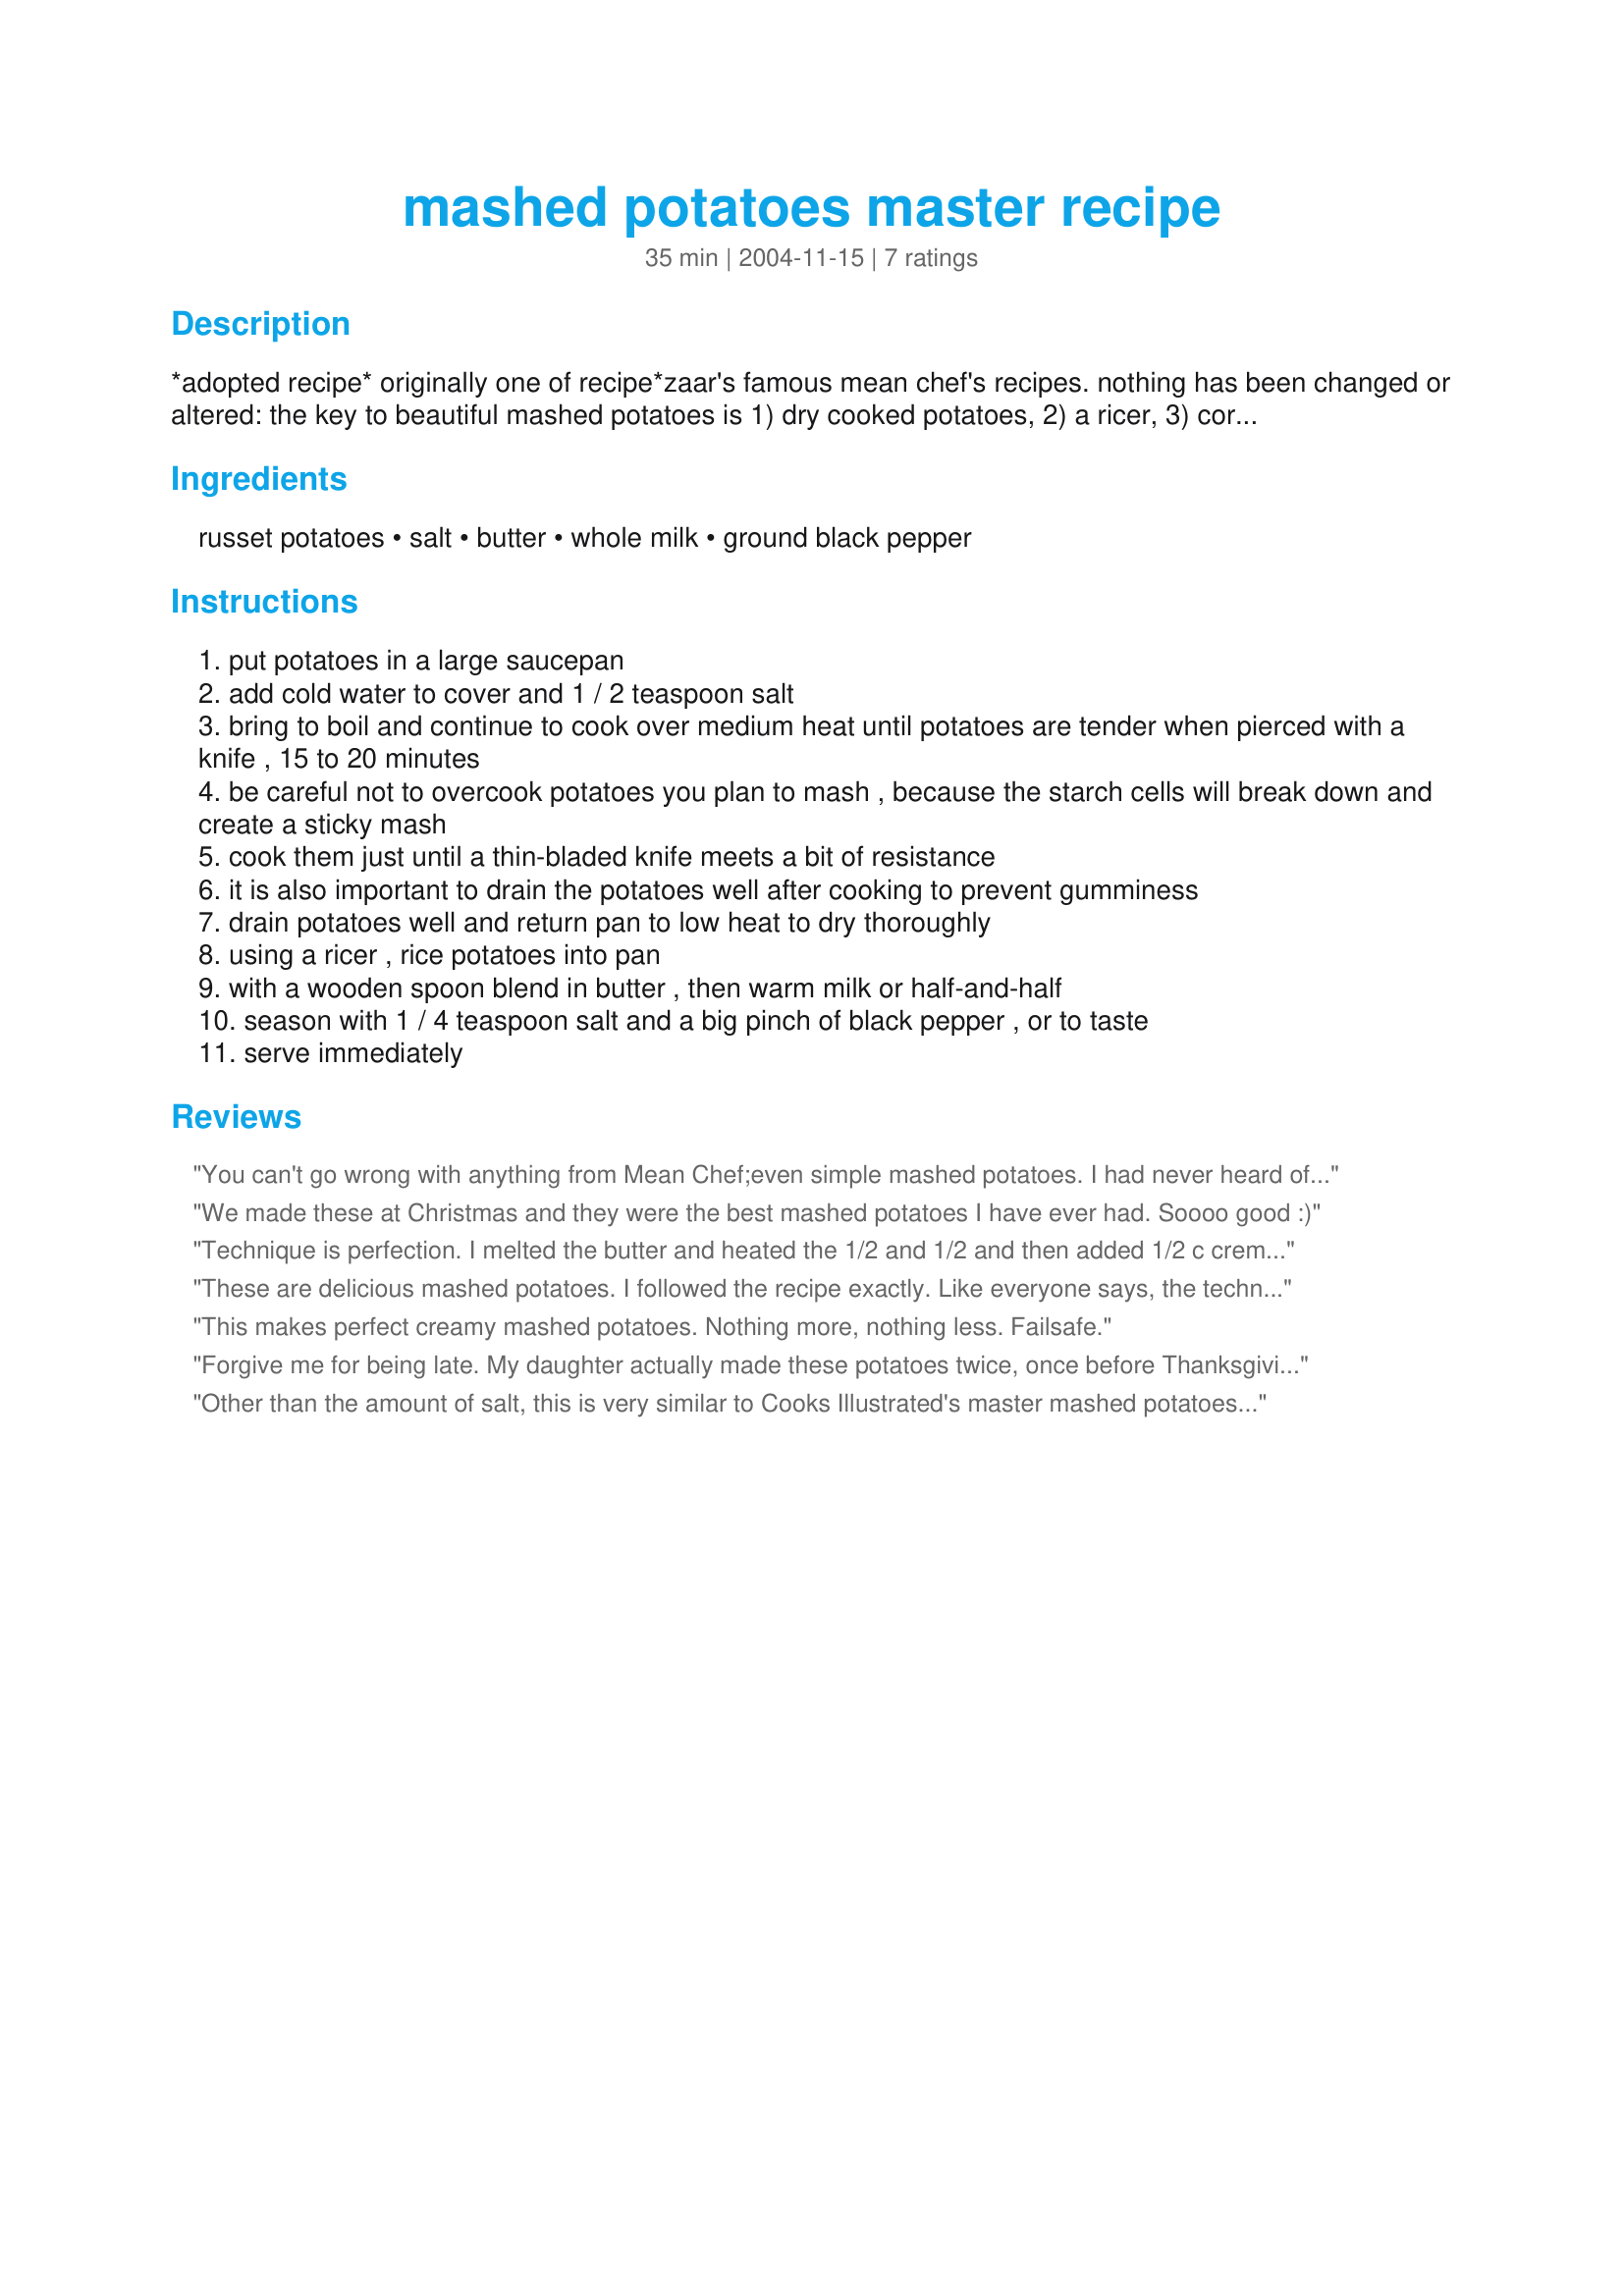
mashed potatoes master recipe
Preparation time: 35 minutes

*adopted recipe* originally one of recipe*zaar's famous mean chef's recipes. nothing has been changed or altered: the key to beautiful mashed potatoes is 1) dry cooked potatoes, 2) a ricer, 3) correct proportion of butter and half-and-half and 4) a gentle hand when incorporating the ingredients. to this master recipe you can add 1 cup grated cheese such as parmesan, roasted garlic cloves or anything else that suits your fancy. you can also cook other vegetables with the potatoes. substitute things like celery root, parsnips, carrots or turnips for half of the potatoes.

Ingredients:
russet potatoes, salt, butter, whole milk, ground black pepper

Steps:
put potatoes in a large saucepan
add cold water to cover and 1 / 2 teaspoon salt
bring to boil and continue to cook over medium heat until potatoes are tender when pierced with a knife , 15 to 20 minutes
be careful not to overcook potatoes you plan to mash , because the starch cells will break down and create a sticky mash
cook them just until a thin-bladed knife meets a bit of resistance
it is also important to drain the potatoes well after cooking to prevent gumminess
drain potatoes well and return pan to low heat to dry thoroughly
using a ricer , rice potatoes into pan
with a wooden spoon blend in butter , then warm milk or half-and-half
season with 1 / 4 teaspoon salt and a big pinch of black pepper , or to taste
serve immediately

Reviews:
You can't go wrong with anything from Mean Chef;even simple mashed potatoes. I had never heard of a ricer, but promptly went out and bought one. The ricer worked great. The potatoes were so nice and creamy. Excellent. Thanks for another great recipe.
We made these at Christmas and they were the best mashed potatoes I have ever had. Soooo good :)
Technique is perfection. I melted the butter and heated the 1/2 and 1/2 and then added 1/2 c creme fraiche and a little celery seed as a variation.
These are delicious mashed potatoes. I followed the recipe exactly. Like everyone says, the technique is the key. Also, don't cheat and not use the ricer.
This makes perfect creamy mashed potatoes. Nothing more, nothing less. Failsafe.
Forgive me for being late. My daughter actually made these potatoes twice, once before Thanksgiving and once on Thanksgiving day. She wanted it to be perfect and made a test run. We have never used a ricer before and purchased one just for this recipe. The results were wonderful. Thick and creamy and very flavorful mashed potatoes. We didn't know what we were missing. Thank you from both myself and my daughter. Great recipe!
Other than the amount of salt, this is very similar to Cooks Illustrated's master mashed potatoes recipe. I can't believe the amount of butter there was, I used all but a few tablespoons. I also didn't use nearly all the half and half (but my yukons seemed unusually creamy) but the technique is excellent and I wouldn't change a thing. I did add a few raw garlic cloves to the potatoes while cooking (easier than roasting garlic) and it gave them a nice mellow flavor.
